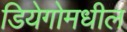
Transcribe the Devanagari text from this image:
डियेगोमधील